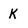
Character: k